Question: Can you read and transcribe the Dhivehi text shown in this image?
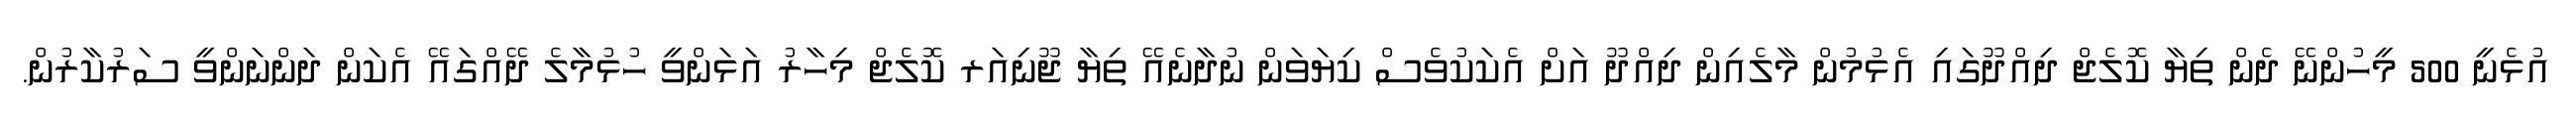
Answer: އުޅެނީ 500 މީހުންނޭ ދެން ތިޔާ ކޮލެޖް ދިއްދޫގައި އެޅުމުން މާލެއިން ދިއްދޫ އަށް އެކަކުވެސް ކިޔަވަން ނުދާނެއޭ ތިޔާ ޖޫނިއަރ ކޮލެޖް މިހާރު އަޅަންވީ ހުޅުމާލެ ދޭއްގައޭ އެކަން ދަންނަންވީ ސަރުކާރުން.